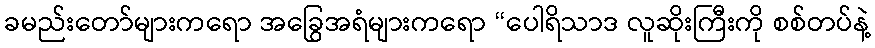
ခမည်းတော်များကရော အခြွေအရံများကရော “ပေါရိသာဒ လူဆိုးကြီးကို စစ်တပ်နဲ့